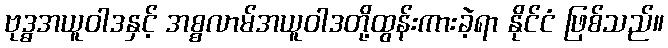
ဗုဒ္ဓအယူဝါဒနှင့် အစ္စလာမ်အယူဝါဒတို့ထွန်းကားခဲ့ရာ နိုင်ငံ ဖြစ်သည်။